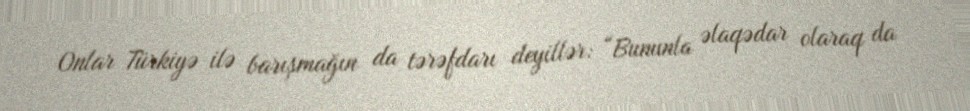
Onlar Türkiyə ilə barışmağın da tərəfdarı deyillər: “Bununla əlaqədar olaraq da